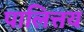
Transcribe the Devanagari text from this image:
पालित्तय